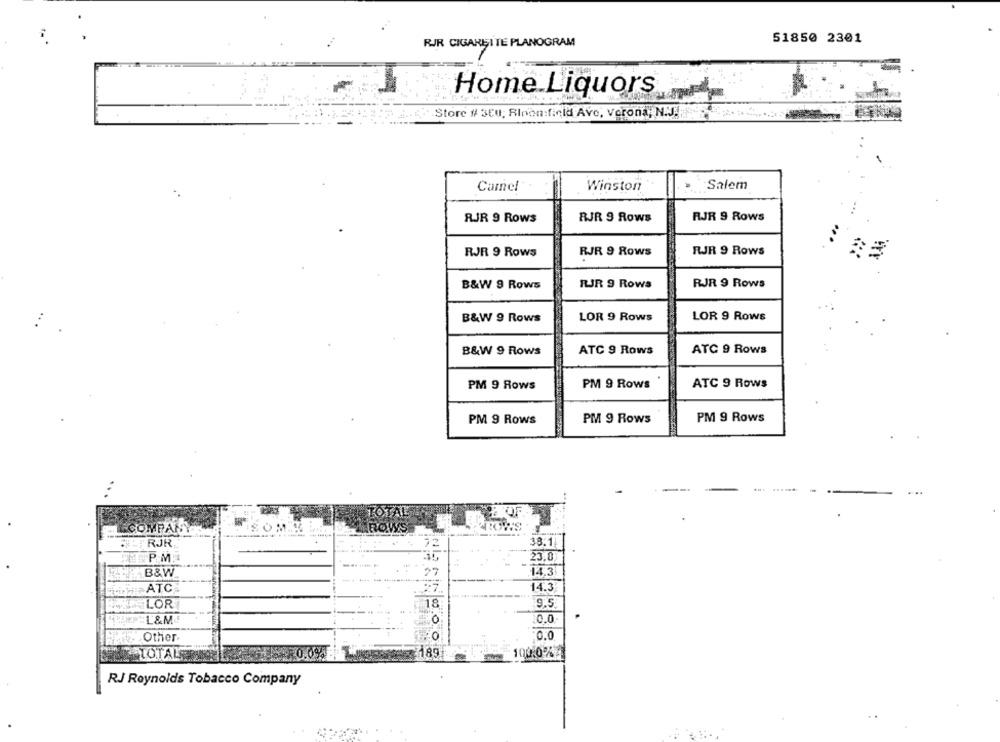
RJR CIGAREITE PLANOGRAM
51850 2301
Home Liquors
Store # 30; Binon:field Ave, Verona, N.J ...
Salem
Camel
Winston
RJR 9 Rows
RJR 9 Rows
RJR 9 Rows
RJR 9 Rows
RJR 9 Rows
RJR 9 Rows
B&W 9 Rows
RJR 9 Rows
RJR 9 Rows
B&W 9 Rows
LOR 9 Rows
LOR 9 Rows
B&W 9 Rows
ATC 9 Rows
ATC 9 Rows
PM 9 Rows
PM 9 Rows
ATC 9 Rows
PM 9 Rows
PM 9 Rows
PM 9 Rows
L COMPANY
38.11
CHIRJR
72
23.0
P. M.
B&W
14.3
14.3
ATC
LOR
18
9.5
L&M
0.0
Other
O
:0.0
TOTALE
0%
189 100:0%
RJ Reynolds Tobacco Company